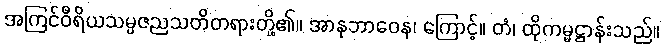
အကြင်ဝီရိယသမ္ပဇညသတိတရားတို့၏။ အာနုဘာဝေန၊ ကြောင့်။ တံ၊ ထိုကမ္မဋ္ဌာန်းသည်။